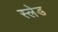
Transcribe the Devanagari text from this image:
स्‍लेड